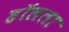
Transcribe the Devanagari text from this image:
हॉलला